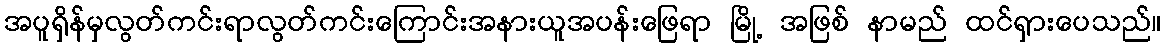
အပူရှိန်မှလွတ်ကင်းရာလွတ်ကင်းကြောင်းအနားယူအပန်းဖြေရာ မြို့ အဖြစ် နာမည် ထင်ရှားပေသည်။